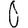
Digit: 0